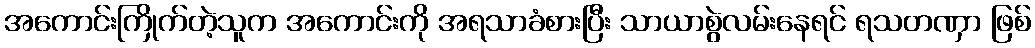
အကောင်းကြိုက်တဲ့သူက အကောင်းကို အရသာခံစားပြီး သာယာစွဲလမ်းနေရင် ရသတဏှာ ဖြစ်